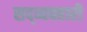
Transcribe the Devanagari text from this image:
सद्व्यवहारी